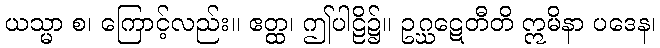
ယသ္မာ စ၊ ကြောင့်လည်း။ ဧတ္ထ၊ ဤပါဠိ၌။ ဥဂ္ဃဋေတီတိ ဣမိနာ ပဒေန၊